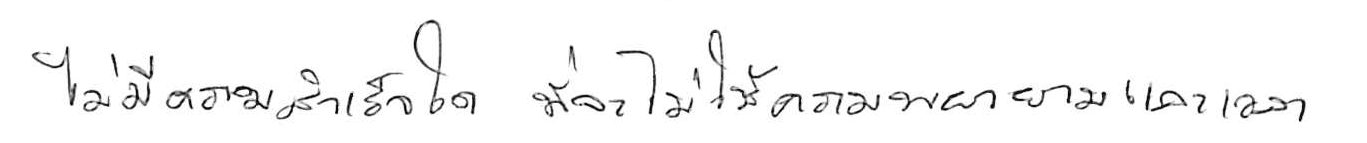
ไม่มีความสำเร็จใด ที่จะไม่ใช้ความพยายามและเวลา